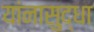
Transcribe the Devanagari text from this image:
यांनासुद्धा